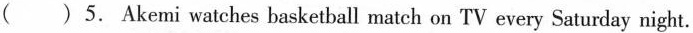
()5. Akemi watches basketball match on TV every Saturday night.